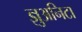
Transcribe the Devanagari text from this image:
ज्ञुअनिटा